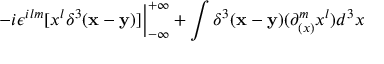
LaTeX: - i \epsilon ^ { i l m } [ x ^ { l } \delta ^ { 3 } ( { \bf x - y } ) ] { \Big \vert } _ { - \infty } ^ { + \infty } + \int \delta ^ { 3 } ( { \bf x - y } ) ( \partial _ { ( x ) } ^ { m } x ^ { l } ) d ^ { 3 } x